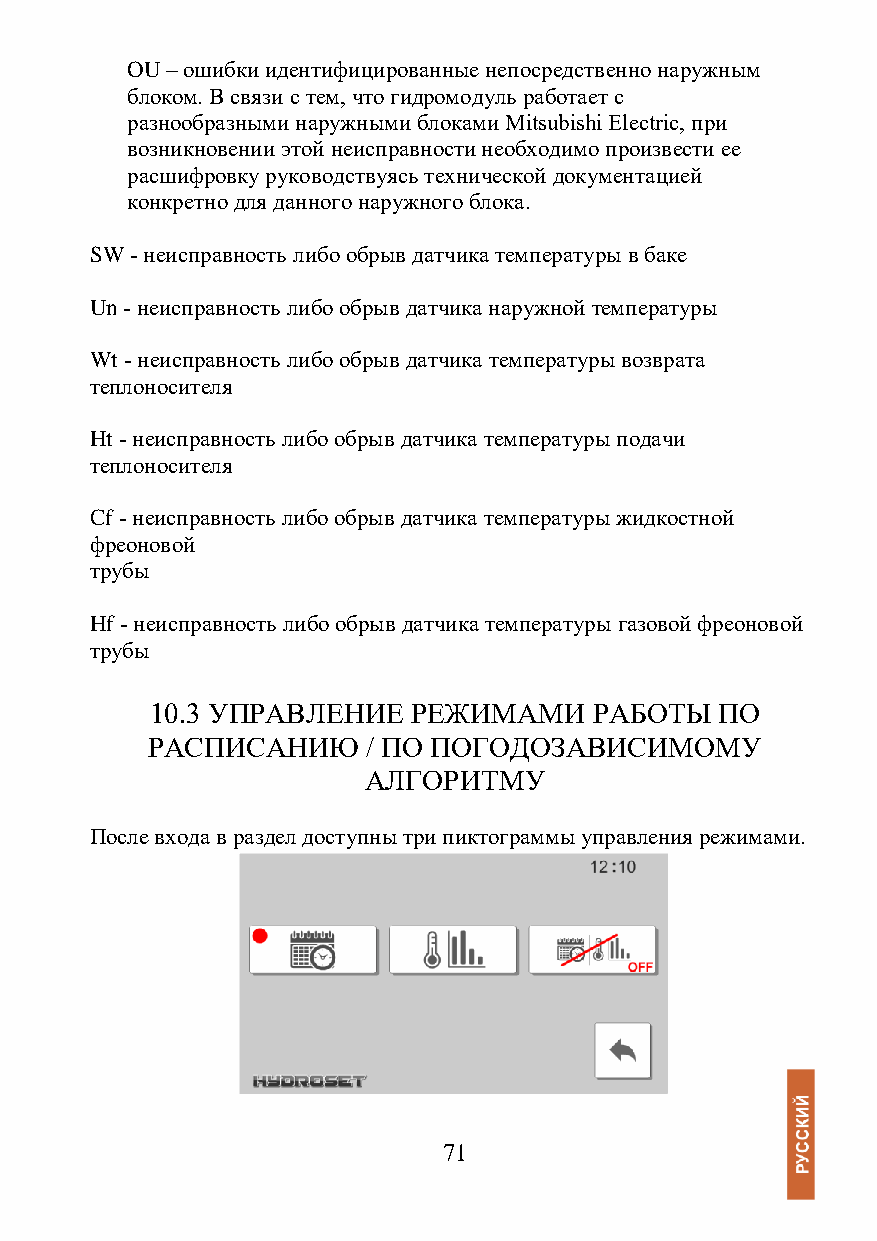
OU – ошибки идентифицированные непосредственно наружным
 блоком. В связи с тем, что гидромодуль работает с
 разнообразными наружными блоками Mitsubishi Electric, при
 возникновении этой неисправности необходимо произвести ее
 расшифровку руководствуясь технической документацией
 конкретно для данного наружного блока.
 SW - неисправность либо обрыв датчика температуры в баке
 Un - неисправность либо обрыв датчика наружной температуры
 Wt - неисправность либо обрыв датчика температуры возврата
 теплоносителя
 Ht - неисправность либо обрыв датчика температуры подачи
 теплоносителя
 Cf - неисправность либо обрыв датчика температуры жидкостной
 фреоновой
 трубы
 Hf - неисправность либо обрыв датчика температуры газовой фреоновой
 трубы
 10.3 УПРАВЛЕНИЕ  РЕЖИМАМИ    РАБОТЫ   ПО
 РАСПИСАНИЮ    / ПО ПОГОДОЗАВИСИМОМУ
 АЛГОРИТМУ
 После входа в раздел доступны три пиктограммы управления режимами.
 71